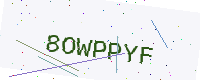
Text: 8OWPPYF